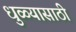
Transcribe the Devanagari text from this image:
धुळ्यासाठी